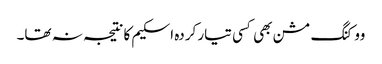
ووکنگ مشن بھی کسی تیار کردہ اسکیم کا نتیجہ نہ تھا۔